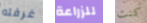
غرفته للزراعة كنت